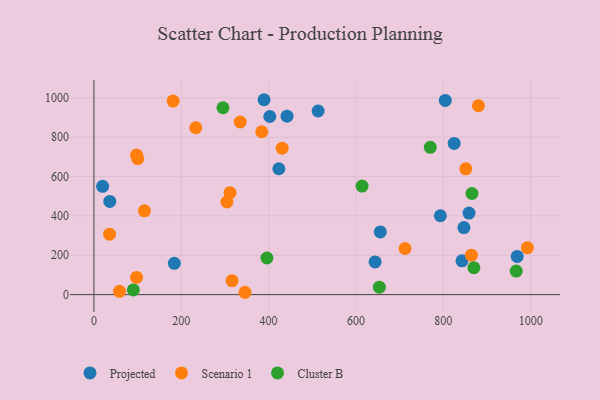
{"axis": {"x": "Study Hours", "y": "Salary"}, "legend": ["Cluster B", "Projected", "Scenario 1"], "data": [{"x": "847.2", "y": 340.6, "type": "Projected"}, {"x": "389.5", "y": 990.2, "type": "Projected"}, {"x": "793.2", "y": 400.7, "type": "Projected"}, {"x": "804.5", "y": 986.6, "type": "Projected"}, {"x": "643.8", "y": 165.9, "type": "Projected"}, {"x": "442.2", "y": 906.6, "type": "Projected"}, {"x": "423.5", "y": 639.4, "type": "Projected"}, {"x": "824.9", "y": 768.0, "type": "Projected"}, {"x": "402.7", "y": 904.9, "type": "Projected"}, {"x": "184.1", "y": 159.2, "type": "Projected"}, {"x": "842.8", "y": 171.6, "type": "Projected"}, {"x": "655.7", "y": 318.7, "type": "Projected"}, {"x": "513.3", "y": 932.8, "type": "Projected"}, {"x": "19.9", "y": 550.0, "type": "Projected"}, {"x": "858.8", "y": 414.2, "type": "Projected"}, {"x": "36.3", "y": 473.4, "type": "Projected"}, {"x": "969.2", "y": 193.9, "type": "Projected"}, {"x": "712.4", "y": 234.2, "type": "Scenario 1"}, {"x": "97.6", "y": 87.5, "type": "Scenario 1"}, {"x": "851.5", "y": 638.9, "type": "Scenario 1"}, {"x": "864.3", "y": 200.3, "type": "Scenario 1"}, {"x": "304.5", "y": 470.5, "type": "Scenario 1"}, {"x": "35.7", "y": 307.2, "type": "Scenario 1"}, {"x": "316.2", "y": 70.6, "type": "Scenario 1"}, {"x": "431.0", "y": 743.9, "type": "Scenario 1"}, {"x": "311.7", "y": 517.7, "type": "Scenario 1"}, {"x": "115.6", "y": 425.5, "type": "Scenario 1"}, {"x": "334.9", "y": 876.9, "type": "Scenario 1"}, {"x": "992.5", "y": 238.1, "type": "Scenario 1"}, {"x": "97.6", "y": 708.9, "type": "Scenario 1"}, {"x": "345.9", "y": 11.9, "type": "Scenario 1"}, {"x": "880.4", "y": 959.6, "type": "Scenario 1"}, {"x": "58.6", "y": 16.5, "type": "Scenario 1"}, {"x": "233.2", "y": 847.8, "type": "Scenario 1"}, {"x": "100.4", "y": 691.2, "type": "Scenario 1"}, {"x": "181.3", "y": 983.5, "type": "Scenario 1"}, {"x": "384.3", "y": 827.5, "type": "Scenario 1"}, {"x": "770.2", "y": 748.4, "type": "Cluster B"}, {"x": "653.6", "y": 37.9, "type": "Cluster B"}, {"x": "966.9", "y": 119.6, "type": "Cluster B"}, {"x": "90.2", "y": 23.8, "type": "Cluster B"}, {"x": "614.0", "y": 551.6, "type": "Cluster B"}, {"x": "396.1", "y": 186.1, "type": "Cluster B"}, {"x": "865.6", "y": 513.8, "type": "Cluster B"}, {"x": "295.5", "y": 949.4, "type": "Cluster B"}, {"x": "870.0", "y": 136.4, "type": "Cluster B"}]}